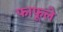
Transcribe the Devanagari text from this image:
फाफूले